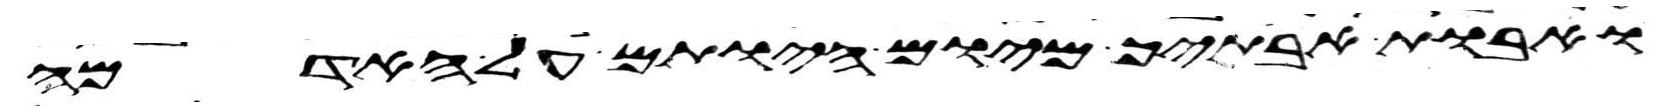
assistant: ואבות אבתיך מיום היותם על האדמה